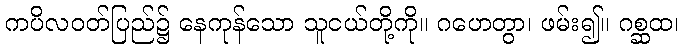
ကပိလဝတ်ပြည်၌ နေကုန်သော သူငယ်တို့ကို။ ဂဟေတွာ၊ ဖမ်း၍။ ဂစ္ဆထ၊